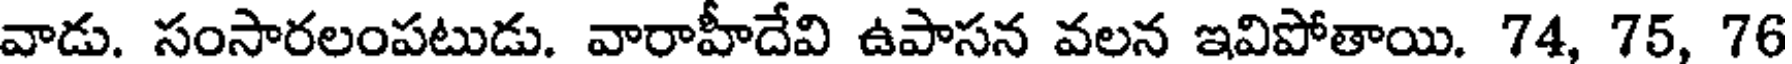
వాడు. సంసారలంపటుడు. వారాహీదేవి ఉపాసన వలన ఇవిపోతాయి. 74, 75, 76